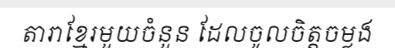
តារាខ្មែរមួយចំនួន ដែលចូលចិត្តចម្លង